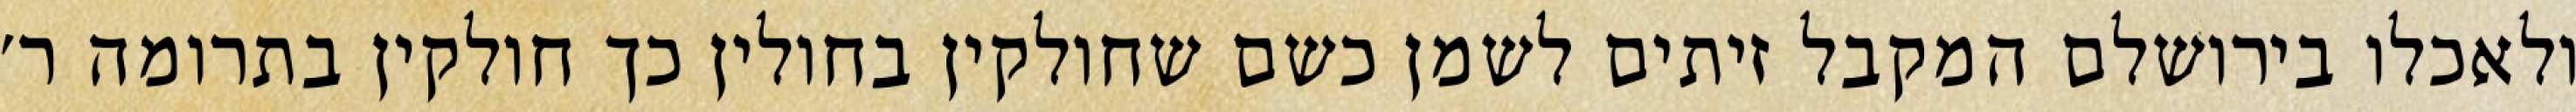
ולאכלו בירושלם המקבל זיתים לשמן כשם שחולקין בחולין כך חולקין בתרומה ר׳